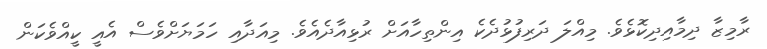
ރާމިޒާ ދިމާއިދިކޮޅެވެ. މިއްލަ ދަރިފުޅުދެކެ އިންތިހާއަށް ރުޅިއާދެއެވެ. މިއަދާއި ހަމަޔަށްވެސް އެއީ ކީއްވެކަން